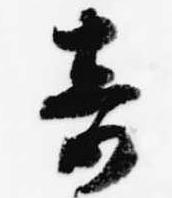
奇